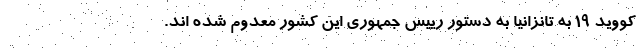
کووید 19 به تانزانیا به دستور رییس جمهوری این کشور معدوم شده اند.